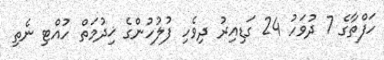
ހަފްތާގެ 7 ދުވަހު 24 ގަޑިއިރު ދިވެހި ފުލުހުންގެ ޚިދުމަތް ހުއްޓި ނެތި